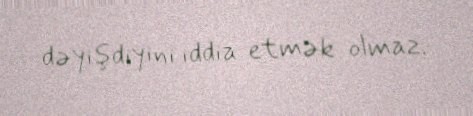
dəyişdiyini iddia etmək olmaz.